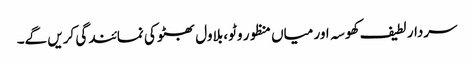
سردار لطیف کھوسہ اور میاں منظور وٹو، بلاول بھٹو کی نمائندگی کریں گے۔